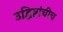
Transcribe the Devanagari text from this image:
उद्धिष्टांचीच